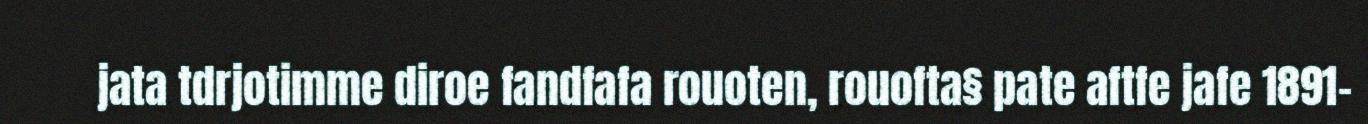
jata tdrjotimme diroe fandfafa rouoten, rouofta§ pate aftfe jafe 1891–